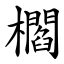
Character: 櫩